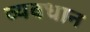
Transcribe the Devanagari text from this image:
व्‍यवधान